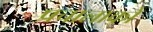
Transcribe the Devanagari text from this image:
प्रचालाकों